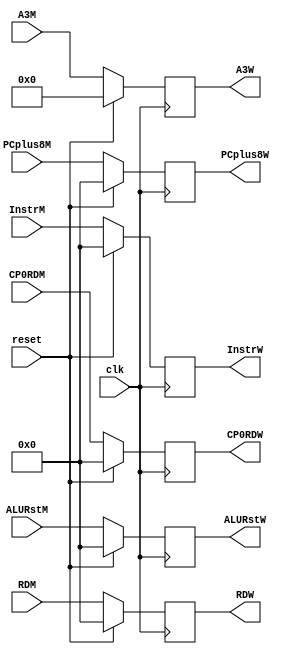
module M_W_Reg(
    input [31:0] ALURstM,
    input [31:0] RDM,
	 input [31:0] CP0RDM,
	 input [4:0] A3M,
    input [31:0] PCplus8M,
    input [31:0] InstrM,
	 input clk,
	 input reset,
    output reg [31:0] ALURstW,
    output reg [31:0] RDW,
    output reg [31:0] PCplus8W,
    output reg [4:0] A3W,
	 output reg [31:0] InstrW,
	 output reg [31:0] CP0RDW
    );
	
	/*initial begin
		ALURstW <= 0;
		RDW <= 0;
		PCplus8W <= 0;
		MDURstW <= 0;
		A3W <= 0;
		//WDW <= 0;
		InstrW <= 0;
		CP0RDW <= 0;
		//A1_0W <= 0;
		//RtW <= 0;
	end*/
	
	always@(posedge clk) begin
		if (reset) begin
			ALURstW <= 0;
			RDW <= 0;
			PCplus8W <= 0;
			InstrW <= 0;
			A3W <= 0;
			CP0RDW <= 0;
		end
		else begin
			ALURstW <= ALURstM;
			RDW <= RDM;
			PCplus8W <= PCplus8M;
			InstrW <= InstrM;
			A3W <= A3M;
			CP0RDW <= CP0RDM;
		end
	end

endmodule